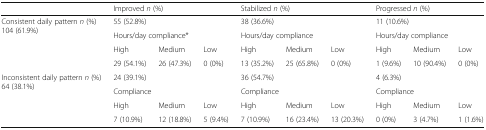
|  | <COLSPAN=3> Improved n (%) | <COLSPAN=3> Stabilized n (%) | <COLSPAN=3> Progressed n (%) |
 | --- | --- | --- | --- | --- | --- | --- | --- | --- | --- |
 | <ROWSPAN=4> Consistent daily pattern n (%)104 (61.9%) | <COLSPAN=3> 55 (52.8%) | <COLSPAN=3> 38 (36.6%) | <COLSPAN=3> 11 (10.6%) |
 | <COLSPAN=3> Hours/day compliance* | <COLSPAN=3> Hours/day compliance | <COLSPAN=3> Hours/day compliance |
 | High | Medium | Low | High | Medium | Low | High | Medium | Low |
 | 29 (54.1%) | 26 (47.3%) | 0 (0%) | 13 (35.2%) | 25 (65.8%) | 0 (0%) | 1 (9.6%) | 10 (90.4%) | 0 (0%) |
 | <ROWSPAN=4> Inconsistent daily pattern n (%)64 (38.1%) | <COLSPAN=3> 24 (39.1%) | <COLSPAN=3> 36 (54.7%) | <COLSPAN=3> 4 (6.3%) |
 | <COLSPAN=3> Compliance | <COLSPAN=3> Compliance | <COLSPAN=3> Compliance |
 | High | Medium | Low | High | Medium | Low | High | Medium | Low |
 | 7 (10.9%) | 12 (18.8%) | 5 (9.4%) | 7 (10.9%) | 16 (23.4%) | 13 (20.3%) | 0 (0%) | 3 (4.7%) | 1 (1.6%) |